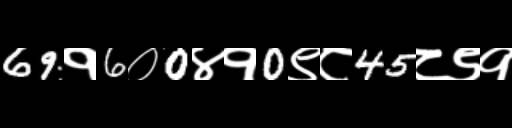
Text: 69१6०0४१0९८45८९१